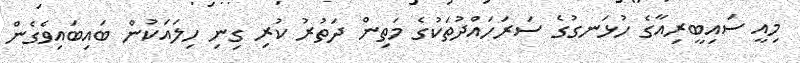
މިއީ ސައިބީރިއާގެ ހުޅަނގުގެ ސަރަހައްދުތަކުގެ މަތިން ދަތުރު ކުރި ގިނި ހިލައަކުން ބައިބައިވެގެން